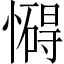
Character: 𢣀